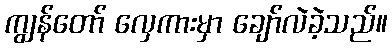
ကျွန်တော် လှေကားမှာ ချော်လဲခဲ့သည်။